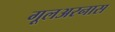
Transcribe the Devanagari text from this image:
गूलअरनास